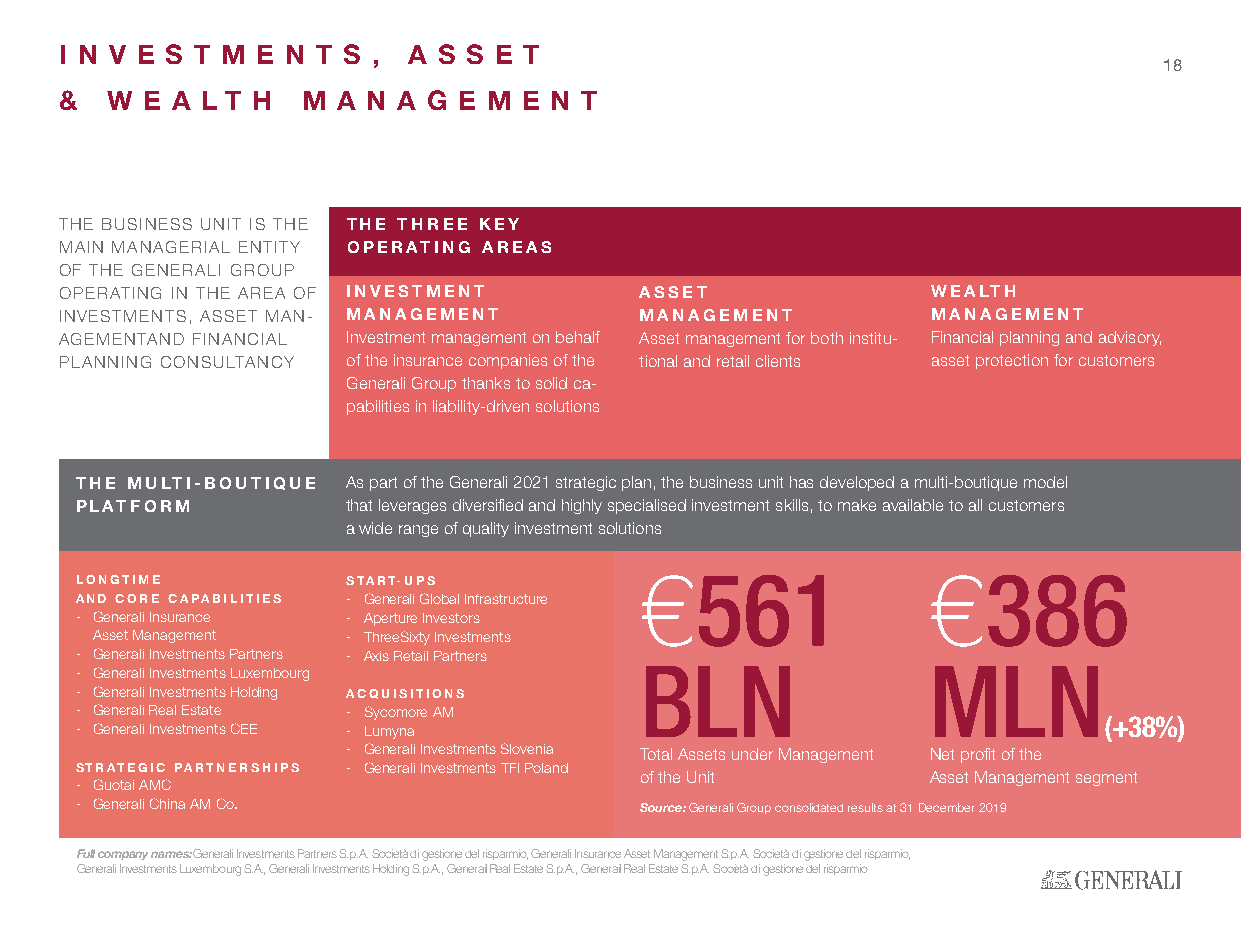
I N V E S T M E N T S , A S S E T
 18
 &  W E A L T H  M A N A G E M  E N T
 THE BUSINESS UNIT IS THE THE THREE KEY
 MAIN MANAGERIAL ENTITY OPERATING AREAS
 OF THE GENERALI GROUP
 OPERATING IN THE AREA OF INVESTMENT   ASSET               WEALTH
 INVESTMENTS, ASSET MAN- MANAGEMENT    MANAGEMENT          MANAGEMENT
 AGEMENTAND FINANCIAL Investment management on behalf Asset management for both institu- Financial planning and advisory,
 PLANNING CONSULTANCY of the insurance companies of the tional and retail clients asset protection for customers
 Generali Group thanks to solid ca-
 pabilities in liability-driven solutions
 THE MULTI-BOUTIQUE As part of the Generali 2021 strategic plan, the business unit has developed a multi-boutique model
 PLATFORM          that leverages diversified and highly specialised investment skills, to make available to all customers
 a wide range of quality investment solutions
 €561                €386
 LONGTIME          START-UPS
 AND CORE CAPABILITIES - Generali Global Infrastructure
 - Generali Insurance - Aperture Investors
 Asset Management - ThreeSixty Investments
 - Generali Investments Partners - Axis Retail Partners
 BLN                 MLN
 - Generali Investments Luxembourg
 - Generali Investments Holding ACQUISITIONS
 - Generali Real Estate - Sycomore AM
 (+38%)
 - Generali Investments CEE - Lumyna
 - Generali Investments Slovenia Total Assets under Management Net profit of the
 STRATEGIC PARTNERSHIPS - Generali Investments TFI Poland
 of the Unit         Asset Management segment
 - Guotai AMC
 - Generali China AM Co.              Source: Generali Group consolidated results at 31 December 2019
 Full company names: Generali Investments Partners S.p.A. Società di gestione del risparmio, Generali Insurance Asset Management S.p.A. Società di gestione del risparmio,
 Generali Investments Luxembourg S.A., Generali Investments Holding S.p.A., Generali Real Estate S.p.A., Generali Real Estate S.p.A. Società di gestione del risparmio